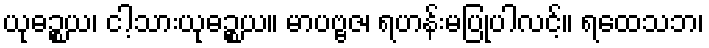
ယုဓဉ္စယ၊ ငါ့သားယုဓဉ္စယ။ မာပဗ္ဗဇ၊ ရဟန်းမပြုပါလင့်။ ရထေသဘ၊